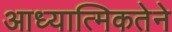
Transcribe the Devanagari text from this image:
आध्यात्मिकतेने